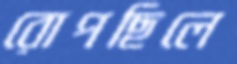
রোপছিলে